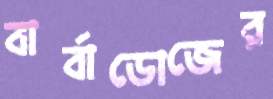
বার্বাডোজের